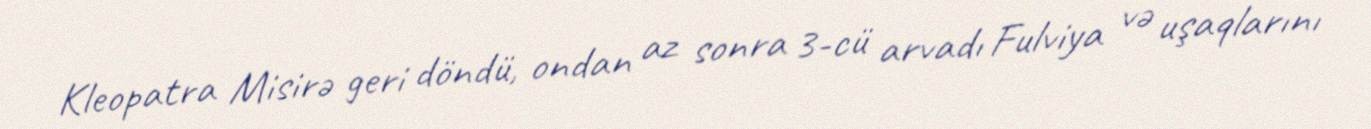
Kleopatra Misirə geri döndü, ondan az sonra 3-cü arvadı Fulviya və uşaqlarını